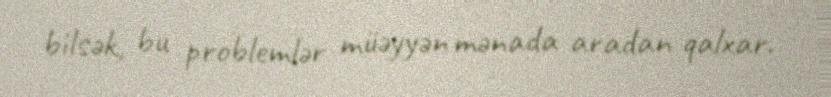
bilsək, bu problemlər müəyyən mənada aradan qalxar.